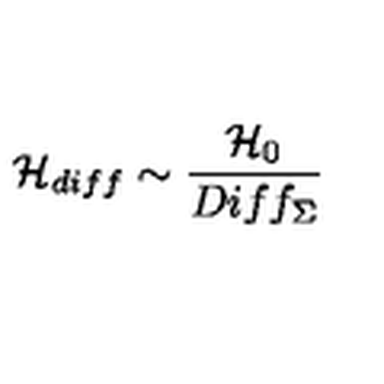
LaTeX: { \cal H } _ { d i f f } \sim \frac { { \cal H } _ { 0 } } { D i f f _ { \Sigma } }